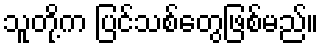
သူတို့က ပြင်သစ်တွေဖြစ်မည်။